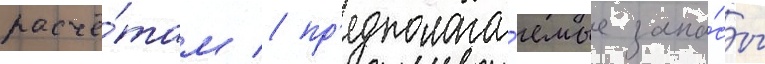
расчё́там / пр'едполага́емые запа́сы